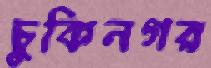
চুকিনগর